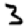
Digit: 3